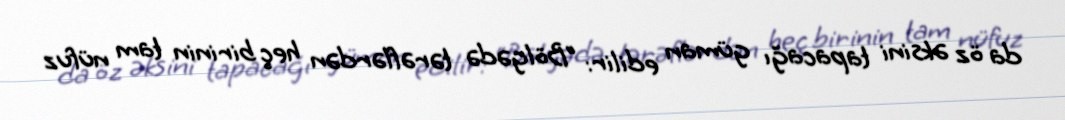
da öz əksini tapacağı güman edilir: “Bölgədə tərəflərdən heç birinin tam nüfuz